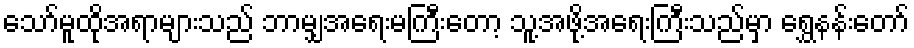
သော်မူထိုအရာများသည် ဘာမျှအရေးမကြီးတော့ သူ့အဖို့အရေးကြီးသည်မှာ ရွှေနန်းတော်